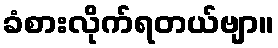
ခံစားလိုက်ရတယ်ဗျာ။